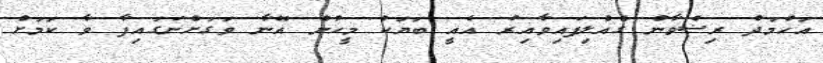
އަހްމަދު ރިޟްވާން ގެއްލިފައިވާއިރު އެއީ ބަޔަކު މީހުން އޭނާ ވަގަށްނަގައިފާ ވާ ކަމަށް